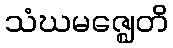
သံဃမဇ္ဈေတိ